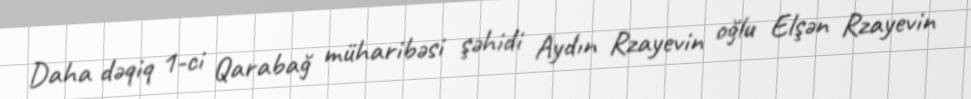
Daha dəqiq 1-ci Qarabağ müharibəsi şəhidi Aydın Rzayevin oğlu Elşən Rzayevin